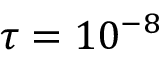
\tau = 1 0 ^ { - 8 }